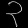
Digit: ၃